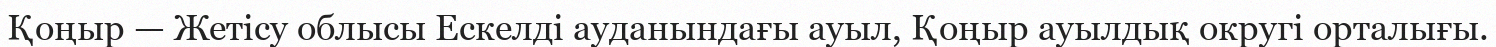
Қоңыр — Жетісу облысы Ескелді ауданындағы ауыл, Қоңыр ауылдық округі орталығы.